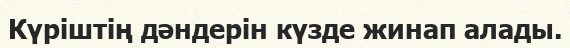
Күріштің дәндерін күзде жинап алады.